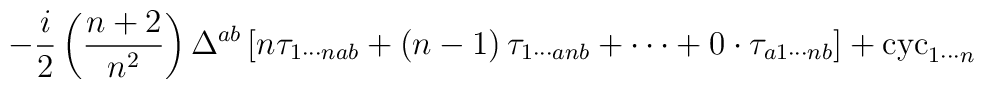
-\frac{i}{2}\left( \frac{n+2}{n^{2}}\right) \Delta ^{ab}\left[ n\tau_{1\cdots nab}+\left( n-1\right) \tau _{1\cdots anb}+\cdots +0\cdot \tau_{a1\cdots nb}\right] +\mathrm{cyc}_{1\cdots n}